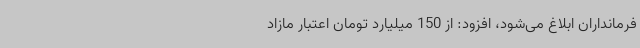
فرمانداران ابلاغ می‌شود، افزود: از 150 میلیارد تومان اعتبار مازاد